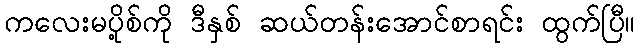
ကလေးမပို့စ်ကို ဒီနှစ် ဆယ်တန်းအောင်စာရင်း ထွက်ပြီ။